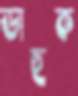
ডাহুক